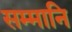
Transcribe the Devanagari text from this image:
सम्मानि